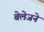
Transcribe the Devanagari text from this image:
बेलेजने